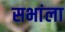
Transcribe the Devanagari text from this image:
सभांला